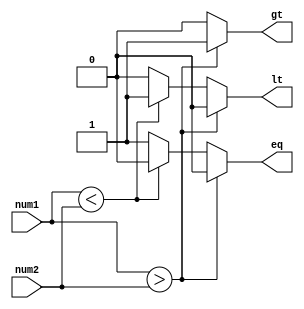
module signed_comparator (
    input signed [31:0] num1,
    input signed [31:0] num2,
    output reg gt,
    output reg lt,
    output reg eq
);

always @(*)
begin
    if (num1 > num2)
    begin
        gt = 1;
        lt = 0;
        eq = 0;
    end
    else if (num1 < num2)
    begin
        gt = 0;
        lt = 1;
        eq = 0;
    end
    else
    begin
        gt = 0;
        lt = 0;
        eq = 1;
    end
end

endmodule